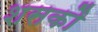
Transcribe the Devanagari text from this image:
शसकौ